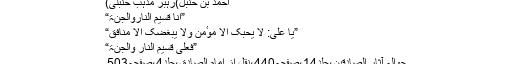
احمد بن حنبل)رہبر مذہب ِحنبلی)
”اَنَا قَسِیْمُ النّٰارِوَالْجَنَّۃ“
”یٰا عَلِیُ: لا یُحِبُّکَ اِلَّا مُوٴْمِنٌ وَلَا یُبْغِضُکَ اِلَّا مُنَافِقٌ“
”فَعَلِیٌّ قَسِیْمُ النّٰارِ وَالْجَنَّۃ“
حوالہ آثار الصادقین،جلد14،صفحہ440،نقل از امام الصادق،جلد4،صفحہ503۔